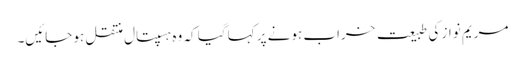
مریم نواز کی طبیعت خراب ہونے پر کہا گیا کہ وہ ہسپتال منتقل ہو جائیں۔